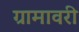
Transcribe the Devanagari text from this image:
ग्रामावरी